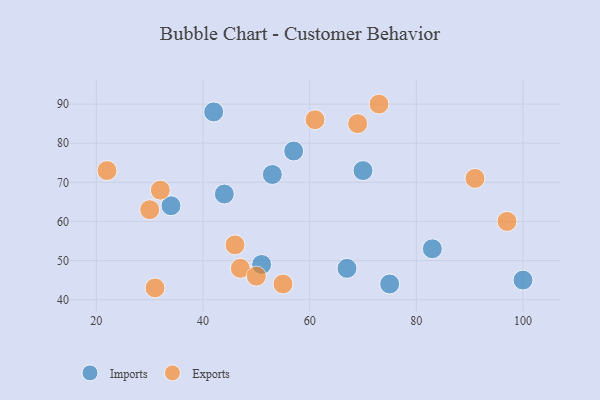
{"axis": {"x": "GDP", "y": "Life Expectancy"}, "legend": ["Exports", "Imports"], "data": [{"x": "70", "y": 73, "type": "Imports"}, {"x": "67", "y": 48, "type": "Imports"}, {"x": "57", "y": 78, "type": "Imports"}, {"x": "51", "y": 49, "type": "Imports"}, {"x": "83", "y": 53, "type": "Imports"}, {"x": "100", "y": 45, "type": "Imports"}, {"x": "34", "y": 64, "type": "Imports"}, {"x": "42", "y": 88, "type": "Imports"}, {"x": "44", "y": 67, "type": "Imports"}, {"x": "53", "y": 72, "type": "Imports"}, {"x": "75", "y": 44, "type": "Imports"}, {"x": "91", "y": 71, "type": "Exports"}, {"x": "32", "y": 68, "type": "Exports"}, {"x": "30", "y": 63, "type": "Exports"}, {"x": "97", "y": 60, "type": "Exports"}, {"x": "69", "y": 85, "type": "Exports"}, {"x": "47", "y": 48, "type": "Exports"}, {"x": "22", "y": 73, "type": "Exports"}, {"x": "50", "y": 46, "type": "Exports"}, {"x": "31", "y": 43, "type": "Exports"}, {"x": "46", "y": 54, "type": "Exports"}, {"x": "55", "y": 44, "type": "Exports"}, {"x": "73", "y": 90, "type": "Exports"}, {"x": "61", "y": 86, "type": "Exports"}]}